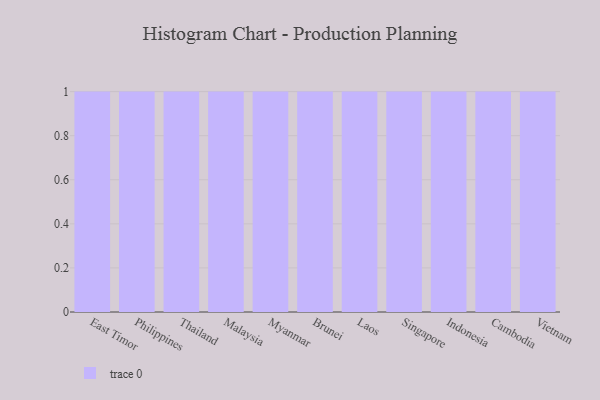
{"axis": {"x": "Country", "y": "Inventory Turnover"}, "legend": [""], "data": [{"x": "East Timor", "y": 61, "type": ""}, {"x": "Philippines", "y": 30, "type": ""}, {"x": "Thailand", "y": 81, "type": ""}, {"x": "Malaysia", "y": 74, "type": ""}, {"x": "Myanmar", "y": 55, "type": ""}, {"x": "Brunei", "y": 14, "type": ""}, {"x": "Laos", "y": 69, "type": ""}, {"x": "Singapore", "y": 18, "type": ""}, {"x": "Indonesia", "y": 82, "type": ""}, {"x": "Cambodia", "y": 30, "type": ""}, {"x": "Vietnam", "y": 86, "type": ""}]}